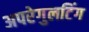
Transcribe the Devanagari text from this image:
अपरेगुलटिंग